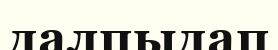
далпыдап